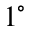
1 ^ { \circ }